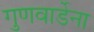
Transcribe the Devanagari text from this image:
गुणवार्डेना